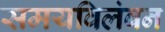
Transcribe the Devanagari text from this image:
समयविलंबन